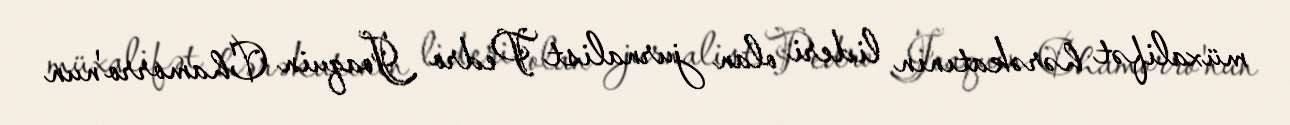
müxalifət hərəkatının lideri olan jurnalist Pedro Joaquin Chamorro'nun